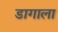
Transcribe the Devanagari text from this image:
डागाला